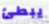
يبطئ